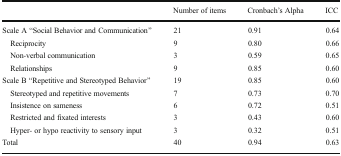
|  | Number of items | Cronbach’s Alpha | ICC |
 | --- | --- | --- | --- |
 | Scale A “Social Behavior and Communication” | 21 | 0.91 | 0.64 |
 | Reciprocity | 9 | 0.80 | 0.66 |
 | Non-verbal communication | 3 | 0.59 | 0.65 |
 | Relationships | 9 | 0.85 | 0.60 |
 | Scale B “Repetitive and Stereotyped Behavior” | 19 | 0.85 | 0.60 |
 | Stereotyped and repetitive movements | 7 | 0.73 | 0.70 |
 | Insistence on sameness | 6 | 0.72 | 0.51 |
 | Restricted and fixated interests | 3 | 0.43 | 0.60 |
 | Hyper- or hypo reactivity to sensory input | 3 | 0.32 | 0.51 |
 | Total | 40 | 0.94 | 0.63 |